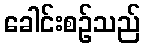
ခေါင်းစဉ်သည်